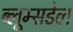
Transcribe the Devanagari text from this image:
ब्लूम्सडेल